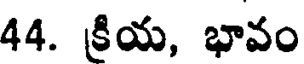
44. క్రియ, భావం